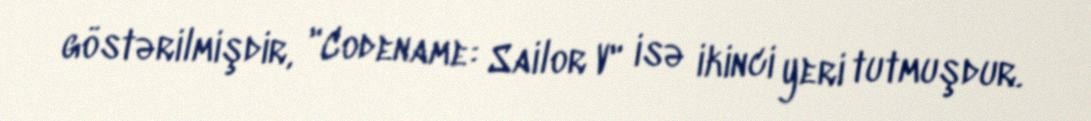
göstərilmişdir, "Codename: Sailor V" isə ikinci yeri tutmuşdur.